Indian journal of veterinary science and animal husbandry - Volumes 18-21, 1948-1951
Year: 1948
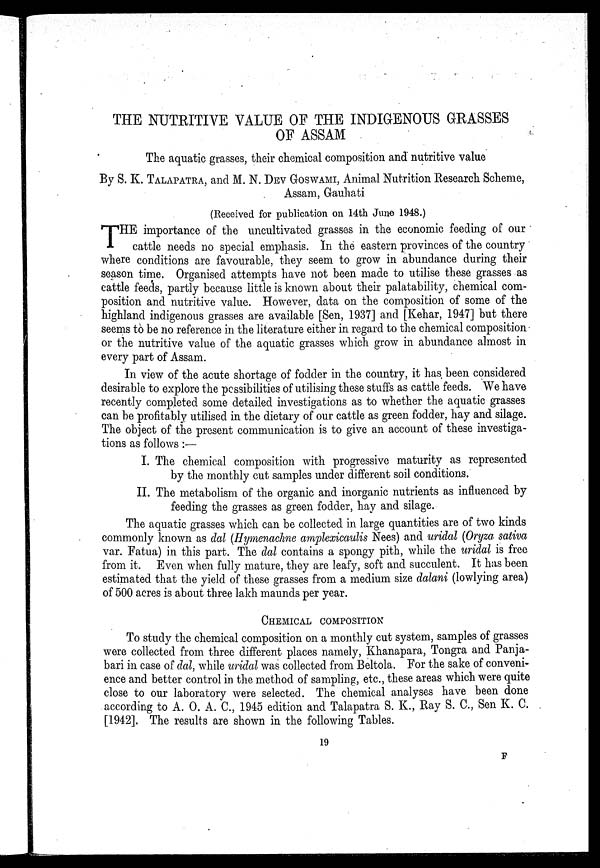
THE NUTRITIVE VALUE OF THE INDIGENOUS GRASSES
OF ASSAM
The aquatic grasses, their chemical composition and nutritive value
By S. K. TALAPATRA, and M. N. DEV GOSWAMI, Animal Nutrition Research Scheme,
Assam, Gauhati
(Received for publication on 14th June 1948.)
T HE importance of the uncultivated grasses in the economic feeding of our
cattle needs no special emphasis. In the eastern provinces of the country
where conditions are favourable, they seem to grow in abundance during their
season time. Organised attempts have not been made to utilise these grasses as
cattle feeds, partly because little is known about their palatability, chemical com-
position and nutritive value. However, data on the composition of some of the
highland indigenous grasses are available [Sen, 1937] and [Kehar, 1947] but there
seems to be no reference in the literature either in regard to the chemical composition
or the nutritive value of the aquatic grasses which grow in abundance almost in
every part of Assam.
In view of the acute shortage of fodder in the country, it has been considered
desirable to explore the possibilities of utilising these stuffs as cattle feeds. We have
recently completed some detailed investigations as to whether the aquatic grasses
can be profitably utilised in the dietary of our cattle as green fodder, hay and silage.
The object of the present communication is to give an account of these investiga-
tions as follows:—
I. The chemical composition with progressive maturity as represented
by the monthly cut samples under different soil conditions.
II. The metabolism of the organic and inorganic nutrients as influenced by
feeding the grasses as green fodder, hay and silage.
The aquatic grasses which can be collected in large quantities are of two kinds
commonly known as dal (Hymenachne amplexicaulis Nees) and uridal (Oryza sativa
var. Fatua) in this part. The dal contains a spongy pith, while the uridal is free
from it. Even when fully mature, they are leafy, soft and succulent. It has been
estimated that the yield of these grasses from a medium size dalani (lowlying area)
of 500 acres is about three lakh maunds per year.
CHEMICAL COMPOSITION
To study the chemical composition on a monthly cut system, samples of grasses
were collected from three different places namely, Khanapara, Tongra and Panja-
bari in case of dal, while uridal was collected from Beltola. For the sake of conveni-
ence and better control in the method of sampling, etc., these areas which were quite
close to our laboratory were selected. The chemical analyses have been done
according to A. O. A. C., 1945 edition and Talapatra S. K., Ray S. C., Sen K. C.
[1942]. The results are shown in the following Tables.
19
F